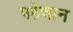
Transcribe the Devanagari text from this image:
पहेचान